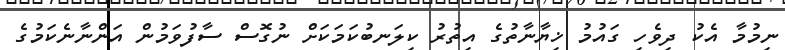
ނިމުމާ އެކު ދިވެހި ގައުމު ޚިޔާނާތުގެ އިތުރު ކިލަނބުކަމަކަށް ނުގޮސް ސާފުވަމުން އަންނާނެކަމުގެ